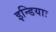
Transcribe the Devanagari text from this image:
इन्डियाः